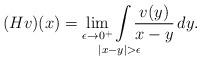
LaTeX: \begin{align*} ( H v ) ( x ) = \lim _ { \epsilon \to 0 ^ + } \! \! \! \! \! \int \limits _ { | x - y | > \epsilon } \! \! \! \! \! \frac { v ( y ) } { x - y } \, d y .\end{align*}